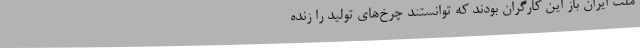
ملت ایران باز این کارگران بودند که توانستند چرخ‌های تولید را زنده